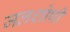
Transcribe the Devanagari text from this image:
जलशोषी